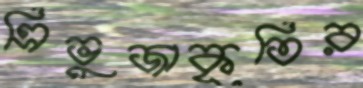
ত্রিভুজাকৃতির